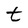
Character: t